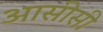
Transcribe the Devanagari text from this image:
आसीसी